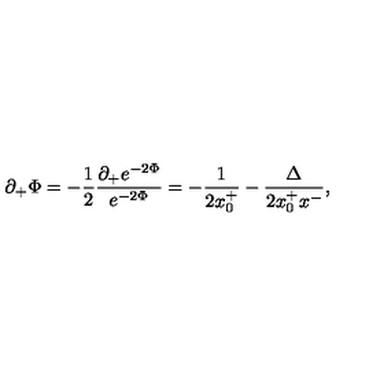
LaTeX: \partial _ { + } \Phi = - { \frac { 1 } { 2 } } \frac { \partial _ { + } e ^ { - 2 \Phi } } { e ^ { - 2 \Phi } } = - { \frac { 1 } { 2 x _ { 0 } ^ { + } } } - \frac { \Delta } { 2 x _ { 0 } ^ { + } x ^ { - } } ,